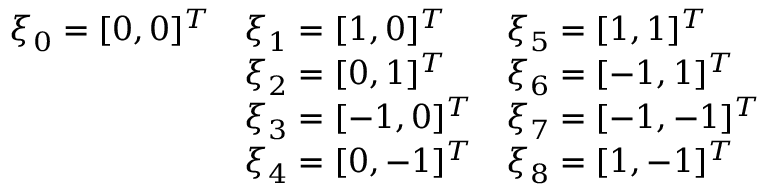
\begin{array} { l l l } { \boldsymbol { \xi } _ { 0 } = [ 0 , 0 ] ^ { T } } & { \boldsymbol { \xi } _ { 1 } = [ 1 , 0 ] ^ { T } } & { \boldsymbol { \xi } _ { 5 } = [ 1 , 1 ] ^ { T } } \\ & { \boldsymbol { \xi } _ { 2 } = [ 0 , 1 ] ^ { T } } & { \boldsymbol { \xi } _ { 6 } = [ - 1 , 1 ] ^ { T } } \\ & { \boldsymbol { \xi } _ { 3 } = [ - 1 , 0 ] ^ { T } } & { \boldsymbol { \xi } _ { 7 } = [ - 1 , - 1 ] ^ { T } } \\ & { \boldsymbol { \xi } _ { 4 } = [ 0 , - 1 ] ^ { T } } & { \boldsymbol { \xi } _ { 8 } = [ 1 , - 1 ] ^ { T } } \end{array}